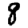
Digit: 8